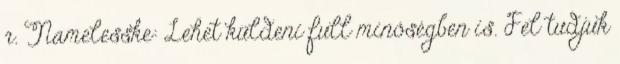
r. Namelesske: Lehet küldeni full minőségben is. Fel tudjuk